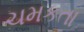
ચમકતા